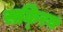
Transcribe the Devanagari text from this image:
सकि्रय